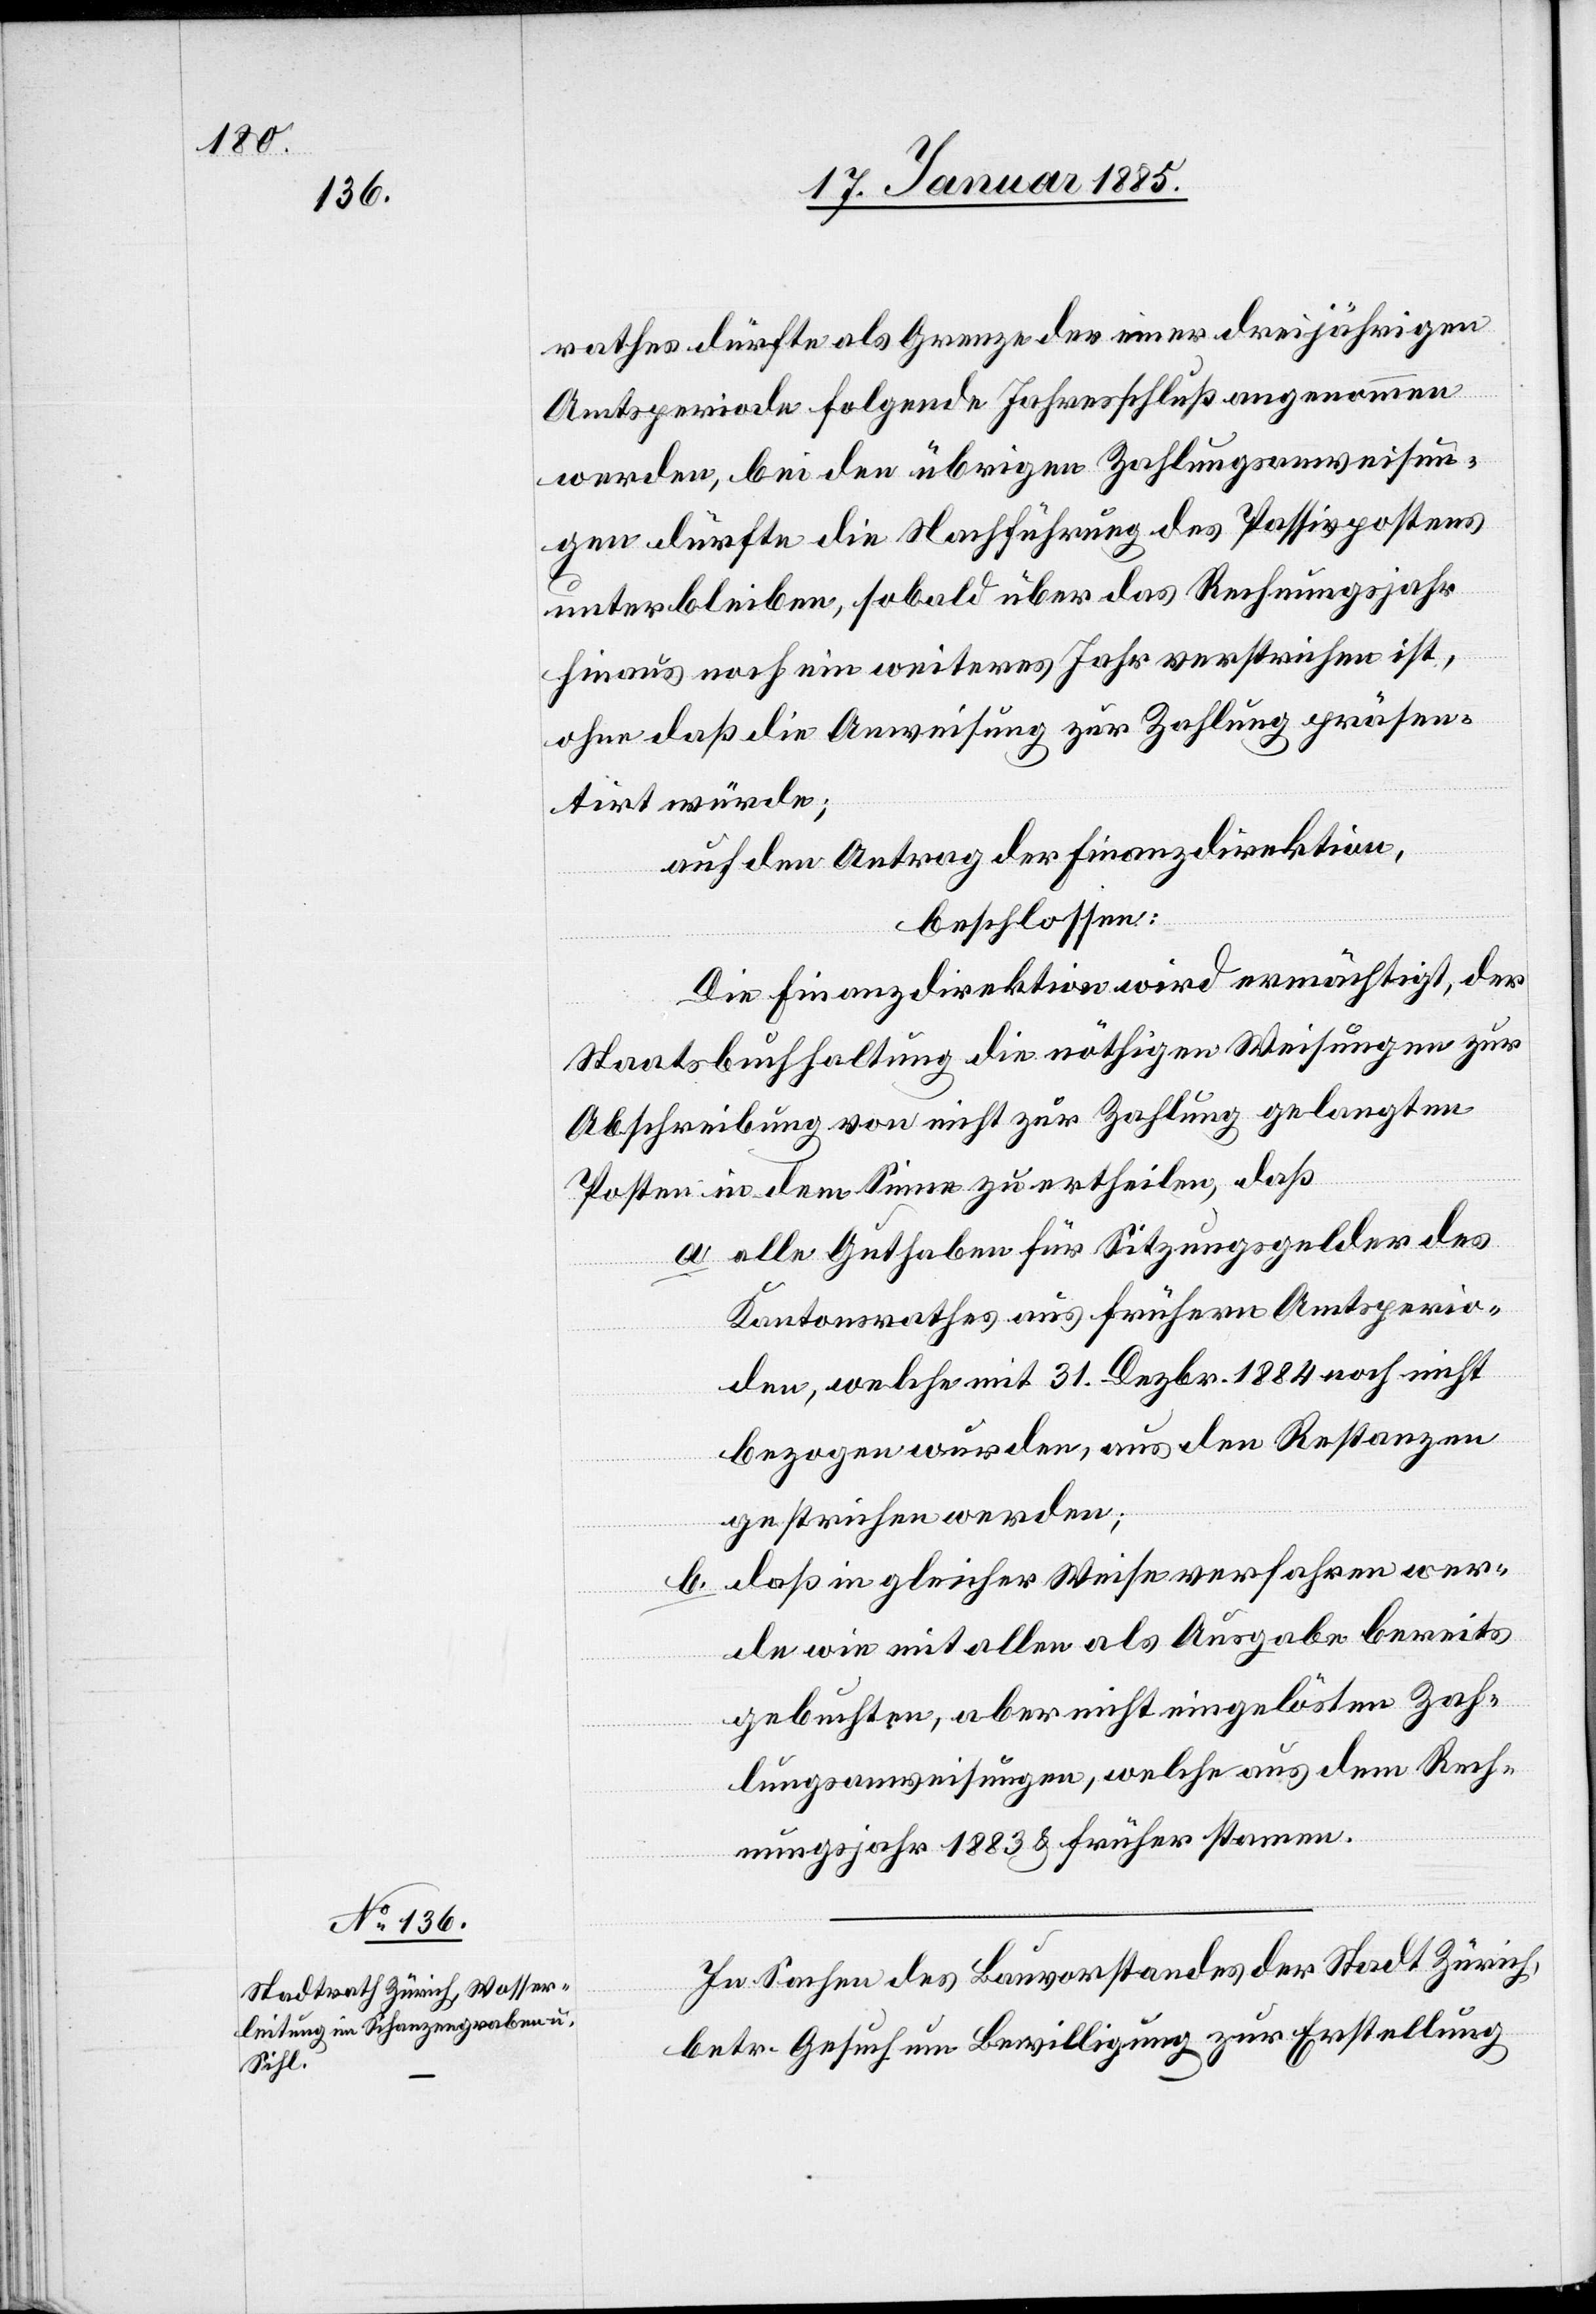
rathes dürfte als Grenze der einer dreijährigen
Amtsperiode folgende Jahresschluß angenommen
werden, bei den übrigen Zahlungsanweisun¬
gen dürfte die Nachführung des Passivpostens
unterbleiben, sobald über das Rechnungsjahr
hinaus noch ein weiteres Jahr verstrichen ist,
ohne daß die Anweisung zur Zahlung präsen¬
tirt würde;
auf Antrag der Finanzdirektion,
beschlossen:
Die Finanzdirektion wird ermächtigt, der
Staatsbuchhaltung die nöthigen Weisungen zur
Abschreibung von nicht zur Zahlung gelangten
Posten in dem Sinne zu ertheilen, daß
a. alle Guthaben für Sitzungsgelder des
Kantonsrathes aus frühern Amtsperio¬
den, welche mit 31. Dezbr. 1884 noch nicht
bezogen wurden, aus den Restanzen
gestrichen werden;
daß in gleicher Weise verfahren wer¬
de wie mit allen als Ausgabe bereits
gebuchten, aber nicht eingelösten Zah¬
lungsanweisungen, welche aus dem Rech¬
nungsjahr 1883 & früher stammen.
In Sachen des Bauvorstandes der Stadt Zürich,
betr. Gesuch um Bewilligung zur Erstellung